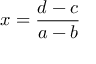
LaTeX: x = { \frac { d - c } { a - b } }